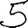
Digit: 5